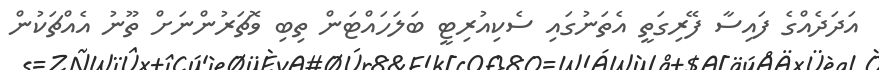
އަދަދެއްގެ ފައިސާ ފޭރިގަތީ އެތަނުގައި ސެކިއުރިޓީ ބަލަހައްޓަން ތިބި ވޮޗަރުންނަށް ތޫނު އެއްޗަކުން